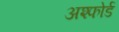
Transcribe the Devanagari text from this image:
अश्फोर्ड